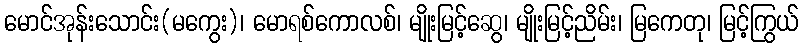
မောင်အုန်းသောင်း(မကွေး)၊ မောရစ်ကောလစ်၊ မျိုးမြင့်ဆွေ၊ မျိုးမြင့်ညိမ်း၊ မြကေတု၊ မြင့်ကြွယ်